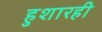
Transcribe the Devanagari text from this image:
हुशारही